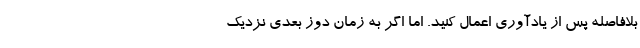
بلافاصله پس از یادآوری اعمال کنید. اما اگر به زمان دوز بعدی نزدیک